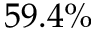
5 9 . 4 \%